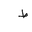
Letter: _da